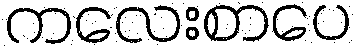
ကလေးစာပေ